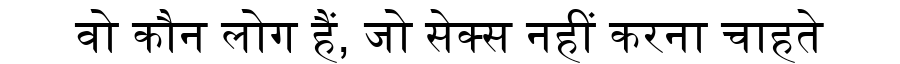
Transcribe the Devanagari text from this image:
वो कौन लोग हैं, जो सेक्स नहीं करना चाहते